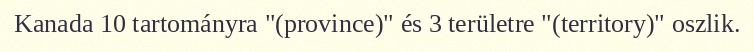
Kanada 10 tartományra "(province)" és 3 területre "(territory)" oszlik.